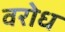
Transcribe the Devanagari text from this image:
वरोध